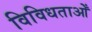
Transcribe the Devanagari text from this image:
विविधताओँ